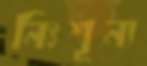
নিঃশূন্য